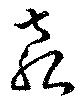
袁